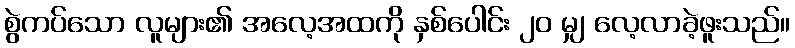
စွဲကပ်သော လူများ၏ အလေ့အထကို နှစ်ပေါင်း ၂၀ မျှ လေ့လာခဲ့ဖူးသည်။